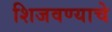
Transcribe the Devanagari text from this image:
शिजवण्याचे